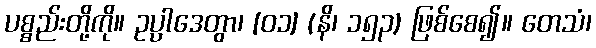
ပစ္စည်းတို့ကို။ ဥပ္ပါဒေတွာ၊ [၀၁] (နိ၊ ၁၅၃) ဖြစ်စေ၍။ တေသံ၊